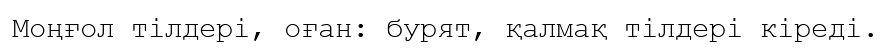
Моңғол тілдері, оған: бурят, қалмақ тілдері кіреді.